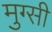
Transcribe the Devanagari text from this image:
मुग्सी